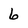
Character: 6